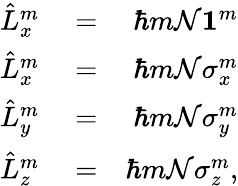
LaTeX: \begin{array}{rlr}{\hat{L}_{x}^{m}}&{{}=}&{\hbar m{\mathcal N}{\mathbf 1}^{m}}\\ {\hat{L}_{x}^{m}}&{{}=}&{\hbar m{\mathcal N}\sigma_{x}^{m}}\\ {\hat{L}_{y}^{m}}&{{}=}&{\hbar m{\mathcal N}\sigma_{y}^{m}}\\ {\hat{L}_{z}^{m}}&{{}=}&{\hbar m{\mathcal N}\sigma_{z}^{m},}\end{array}